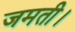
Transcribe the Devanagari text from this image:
जमती।